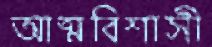
আত্মবিশাসী